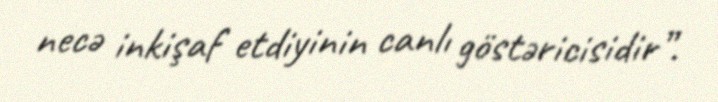
necə inkişaf etdiyinin canlı göstəricisidir”.